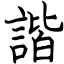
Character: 諧